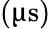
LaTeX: (\upmu\mathrm{{s})}